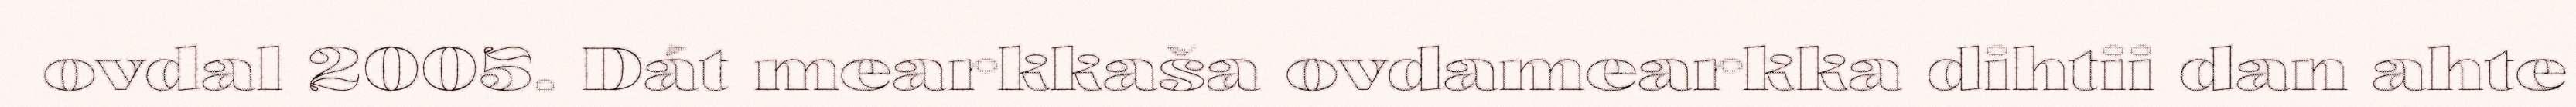
ovdal 2005. Dát mearkkaša ovdamearkka dihtii dan ahte